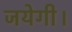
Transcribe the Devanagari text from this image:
जयेगी।